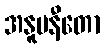
အနူပနီတော